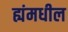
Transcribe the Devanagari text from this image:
ह्यंमधील